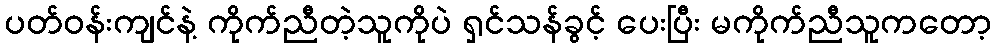
ပတ်ဝန်းကျင်နဲ့ ကိုက်ညီတဲ့သူကိုပဲ ရှင်သန်ခွင့် ပေးပြီး မကိုက်ညီသူကတော့